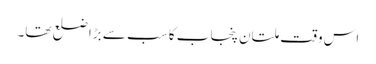
اس وقت ملتان پنجاب کا سب سے بڑا ضلع تھا۔